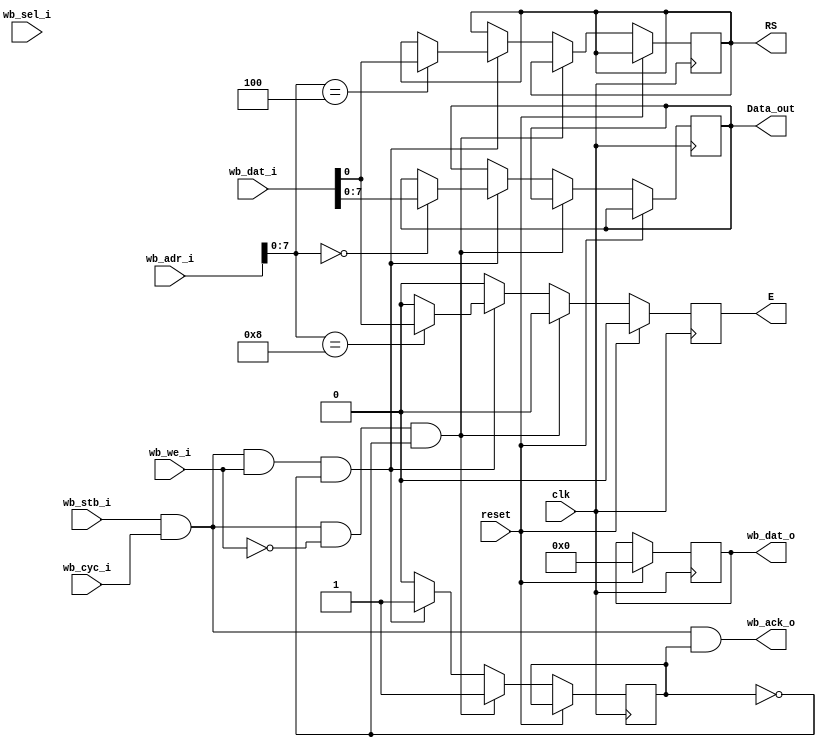

module wb_lcd (
	input              clk,
	input              reset,
	// Wishbone interface
	input              wb_stb_i,
	input              wb_cyc_i,
	output             wb_ack_o,
	input              wb_we_i,
	input       [31:0] wb_adr_i,
	input        [3:0] wb_sel_i,
	input       [31:0] wb_dat_i,
	output reg  [31:0] wb_dat_o,
	// LCD Output
	output    reg        E,
	output      reg       RS,
	
	output   reg    [7:0] Data_out
);







reg  ack;
assign wb_ack_o = wb_stb_i & wb_cyc_i & ack;
//assign ack = wb_stb_i & wb_cyc_i;

wire wb_rd = wb_stb_i & wb_cyc_i & ~wb_we_i;
wire wb_wr = wb_stb_i & wb_cyc_i &  wb_we_i;

always @(posedge clk)
begin
////////////
if(E==1) E=0;

///////////////


	if (reset) begin
		wb_dat_o<=0;	
		
	end else begin
		ack    <= 0;
		if (wb_rd & ~ack) begin           // read cycle
			ack <= 1;
			 

		end else if (wb_wr & ~ack ) begin // write cycle
				ack <= 1;
                        case (wb_adr_i[7:0]) 
				
			'h00: Data_out <= wb_dat_i[7:0];
			'h04: RS <= wb_dat_i;
			'h08: E <= wb_dat_i;
                        
			endcase
				 
		end 
		
	end
end
endmodule